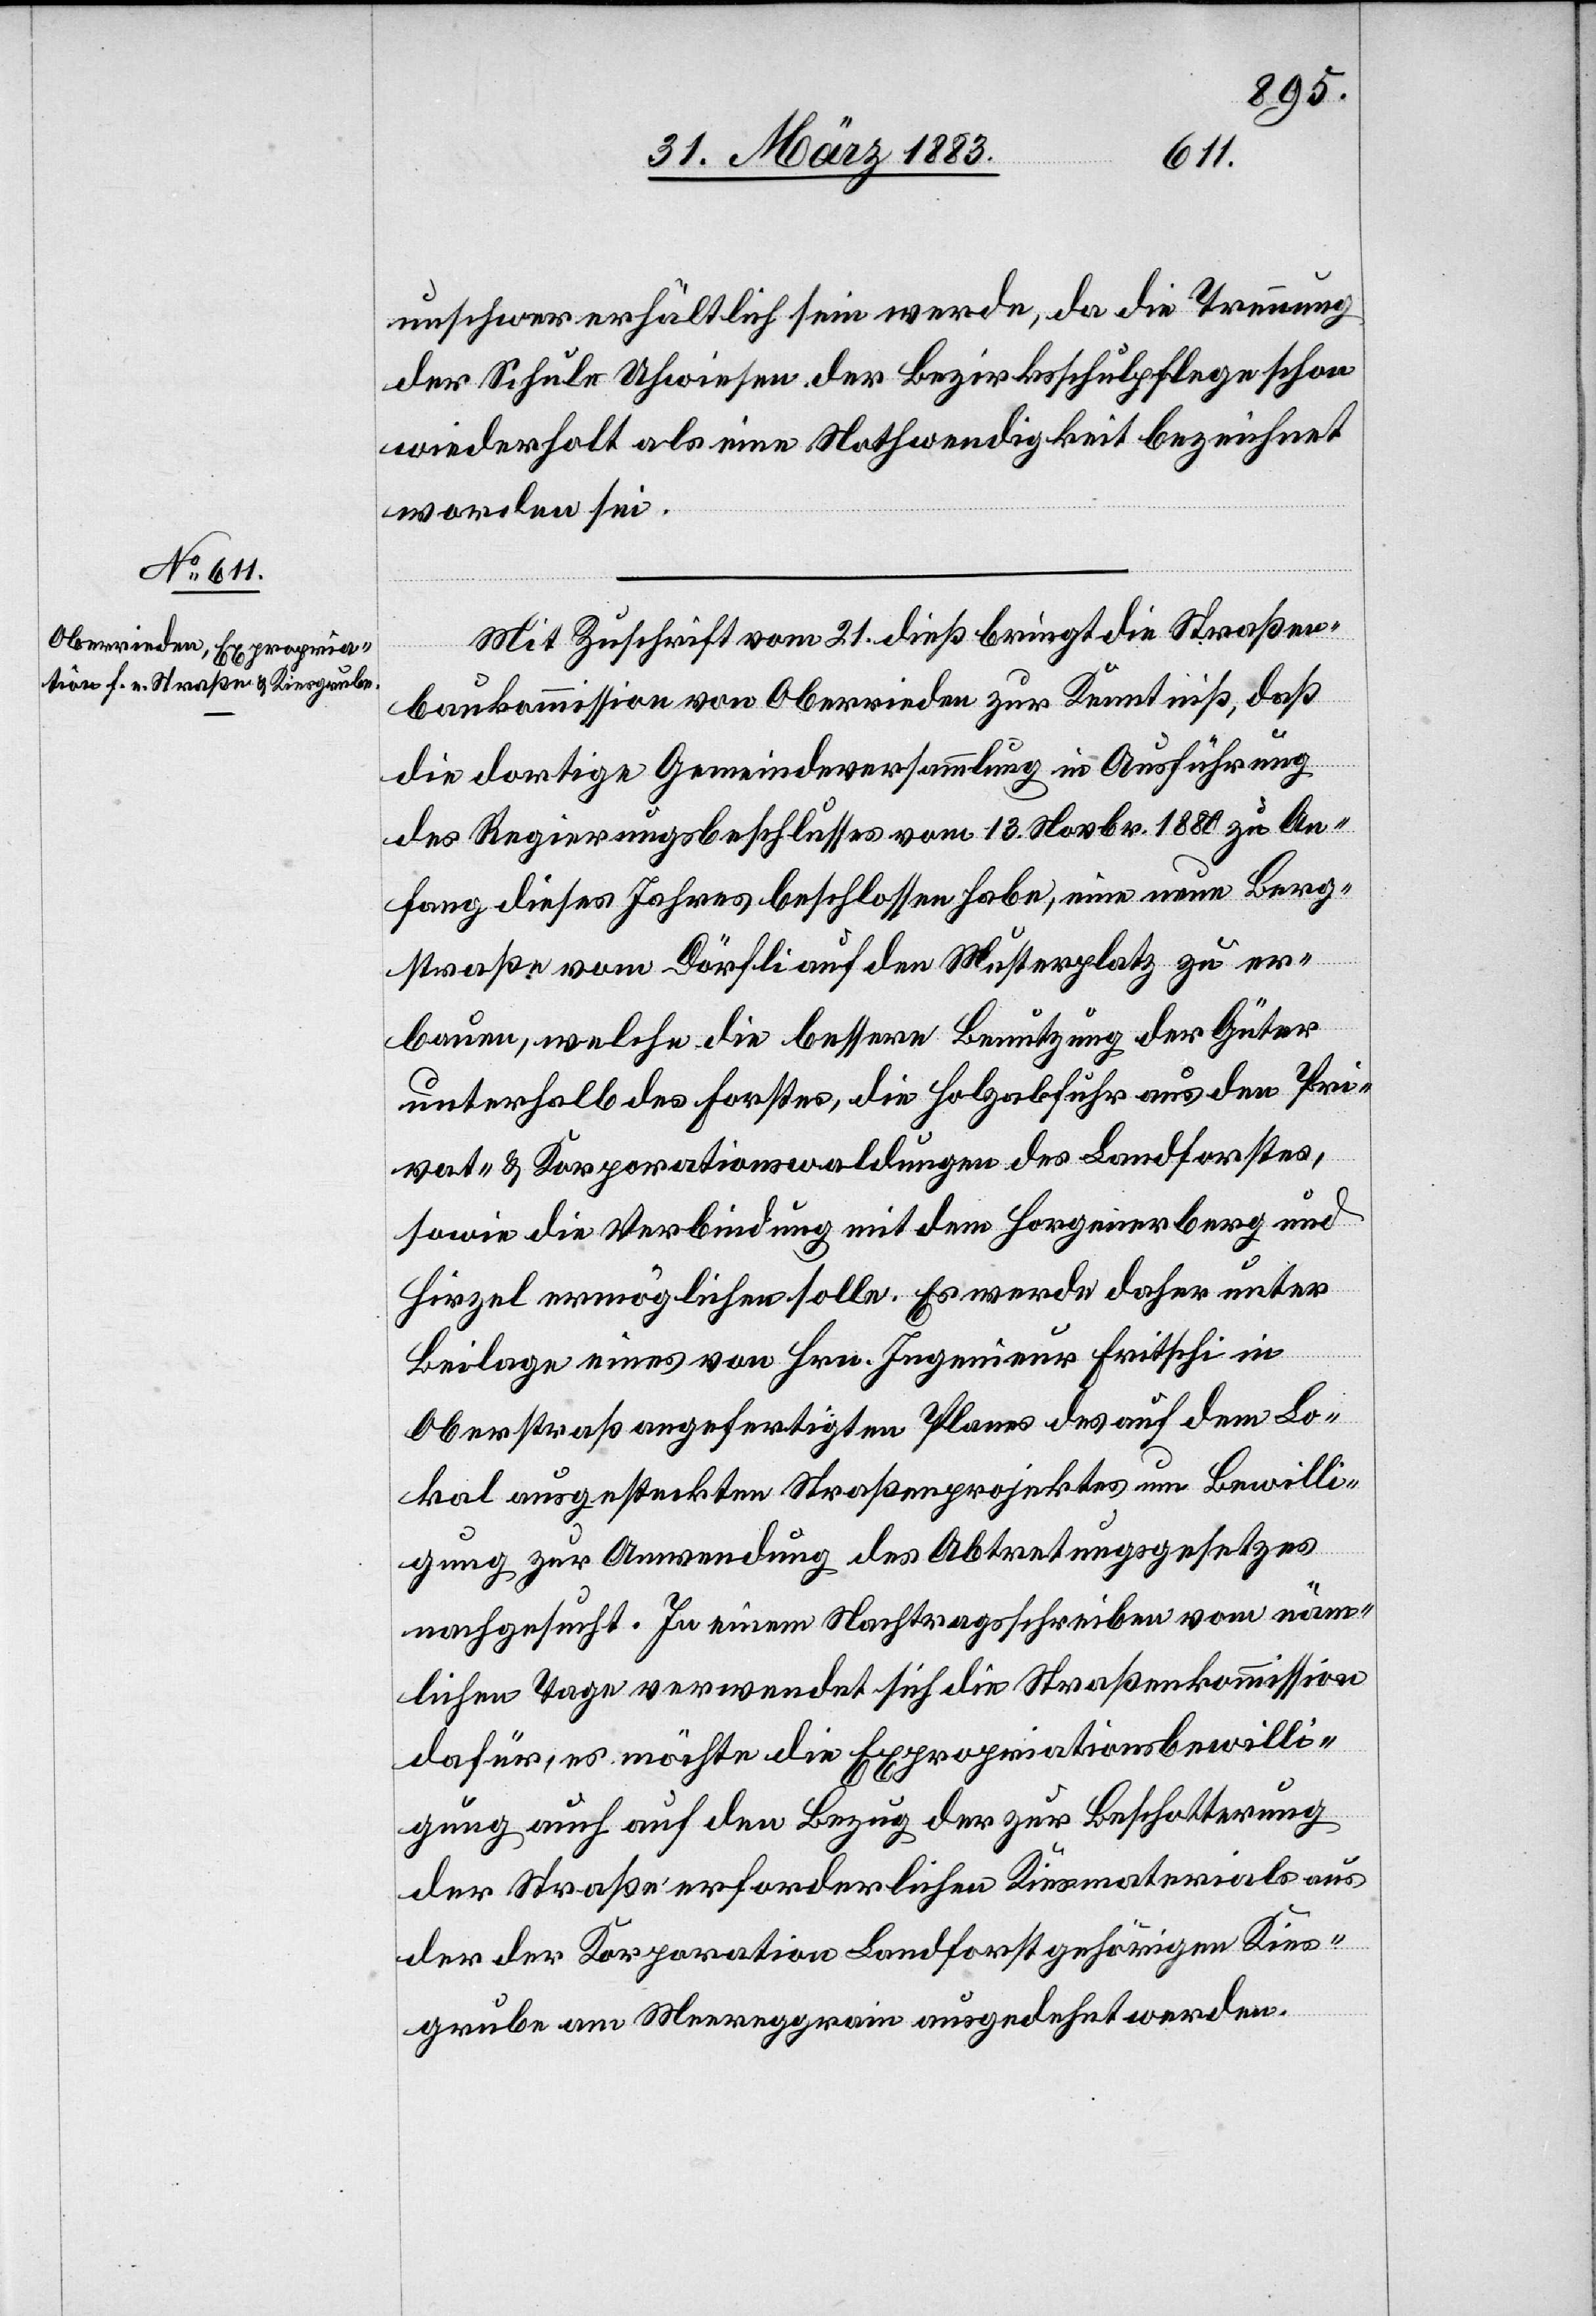
unschwer erhältlich sein werde, da die Trennung
der Schule Uhwiesen der Bezirksschulpflege schon
wiederholt als eine Nothwendigkeit bezeichnet
worden sei.
Mit Zuschrift vom 21. dieß bringt die Straßen¬
baukommission von Oberrieden zur Kenntniß, daß
die dortige Gemeindeversammlung in Ausführung
des Regierungsbeschlusses vom 13. Novbr. 1880 zu An¬
fang dieses Jahres beschlossen habe, eine neue Berg¬
straße vom Dörfli auf den Musterplatz zu er¬
bauen, welche die bessere Benutzung der Güter
unterhalb des Forstes, die Holzabfuhr aus den Pri¬
vat- & Korporationswaldungen des Landforstes,
sowie die Verbindung mit dem Horgenerberg und
Hirzel ermöglichen solle. Es werde daher unter
Beilage eines von Hrn. Ingenieur Fritschi in
Oberstraß angefertigten Planes des auf dem Lo¬
kal ausgesteckten Straßenprojektes um Bewilli¬
gung zur Anwendung des Abtretungsgesetzes
nachgesucht. In einem Nachtragsschreiben vom näm¬
lichen Tage verwendet sich die Straßenkommission
dafür, es möchte die Expropriationsbewilli¬
gung auch auf den Bezug der [recte: des] zur Beschotterung
der Straße erforderlichen Kiesmaterials aus
der der Korporation Landforst gehörigen Kies¬
grube am Meereggrain ausgedehnt werden.